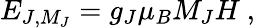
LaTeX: E_{J,M_{J}}=g_{J}\mu_{B}M_{J}H~,